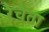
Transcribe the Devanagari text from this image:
रैचैता